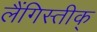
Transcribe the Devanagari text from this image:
लैंगिस्तीक्